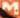
M